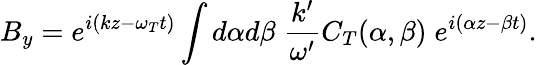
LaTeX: B_{y}=e^{i(kz-\omega_{T}t)}\int d\alpha d\beta\; {\frac{k^{\prime}}{\omega^{\prime}}}C_{T}(\alpha,\beta)\; e^{i(\alpha z-\beta t)}.